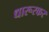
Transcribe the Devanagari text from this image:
धारूरकर